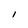
Character: l